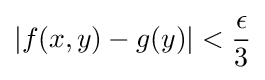
\left|f(x,y)-g(y)\right|<{\frac {\epsilon }{3}}